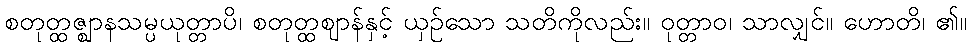
စတုတ္ထဇ္ဈာနသမ္ပယုတ္တာပိ၊ စတုတ္ထဈာန်နှင့် ယှဉ်သော သတိကိုလည်း။ ဝုတ္တာဝ၊ သာလျှင်။ ဟောတိ၊ ၏။